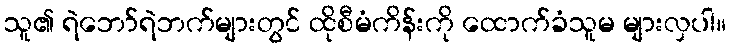
သူ၏ ရဲဘော်ရဲဘက်များတွင် ထိုစီမံကိန်းကို ထောက်ခံသူမ များလှပါ။